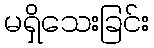
မရှိသေးခြင်း